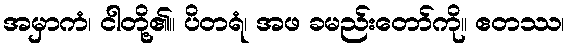
အမှာကံ၊ ငါတို့၏။ ပိတရံ၊ အဖ ခမည်းတော်ကို။ ဧတဿ၊